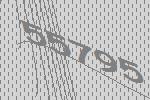
55795